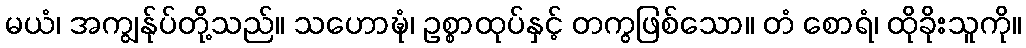
မယံ၊ အကျွန်ုပ်တို့သည်။ သဟောဍ္ဎုံ၊ ဥစ္စာထုပ်နှင့် တကွဖြစ်သော။ တံ စောရံ၊ ထိုခိုးသူကို။